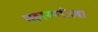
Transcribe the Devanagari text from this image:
महारणीला